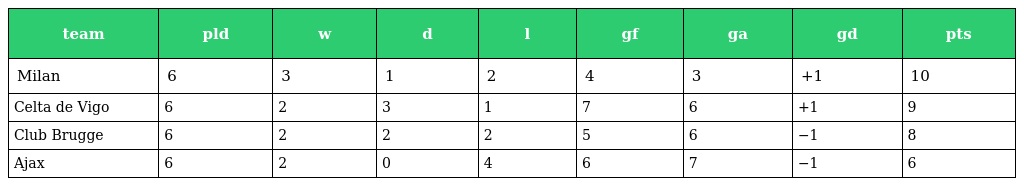
| team | pld | w | d | l | gf | ga | gd | pts |
 | --- | --- | --- | --- | --- | --- | --- | --- | --- |
 | Milan | 6 | 3 | 1 | 2 | 4 | 3 | +1 | 10 |
 | Celta de Vigo | 6 | 2 | 3 | 1 | 7 | 6 | +1 | 9 |
 | Club Brugge | 6 | 2 | 2 | 2 | 5 | 6 | −1 | 8 |
 | Ajax | 6 | 2 | 0 | 4 | 6 | 7 | −1 | 6 |